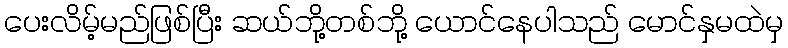
ပေးလိမ့်မည်ဖြစ်ပြီး ဆယ်ဘို့တစ်ဘို့ ယောင်နေပါသည် မောင်နှမထဲမှ